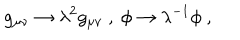
g _ { \mu \nu } \rightarrow \lambda ^ { 2 } g _ { \mu \nu } ~ , ~ \phi \rightarrow \lambda ^ { - 1 } \phi ~ , ~ \,